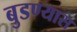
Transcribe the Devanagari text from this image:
बुडण्यास